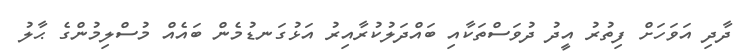
ދާދި އަވަހަށް ފިތުރު އީދު ދުވަސްތަކާއި ބައްދަލުކުރާއިރު އަޅުގަނޑުމެން ބައެއް މުސްލިމުންގެ ޙާލު